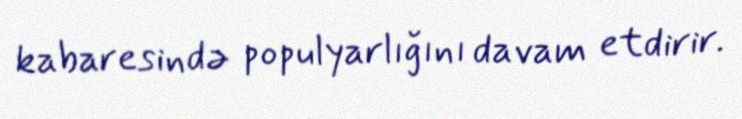
kabaresində populyarlığını davam etdirir.